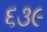
૬૩૯